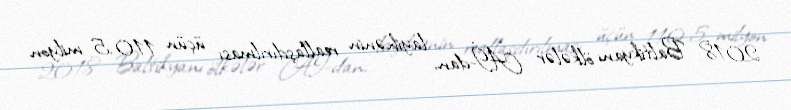
2018: Baltikyanı ölkələr Aİ-dan, layihənin reallaşdırılması üçün 110.5 milyon